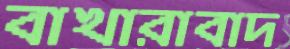
বাখারাবাদ